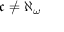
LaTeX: { \mathfrak { c } } \neq \aleph _ { \omega }